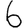
Digit: 6